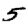
Digit: 5